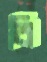
বি